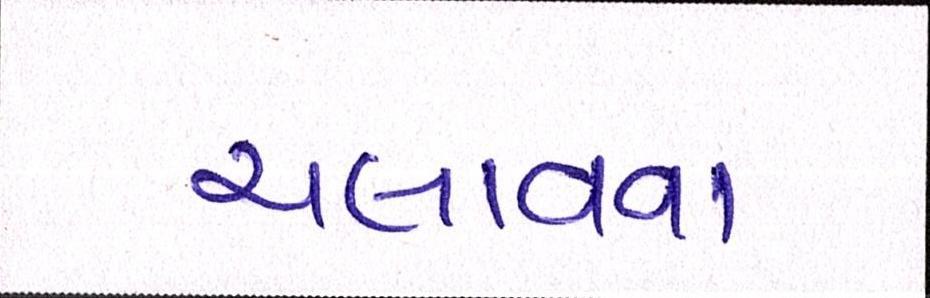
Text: ચલાવવા